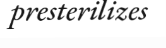
presterilizes